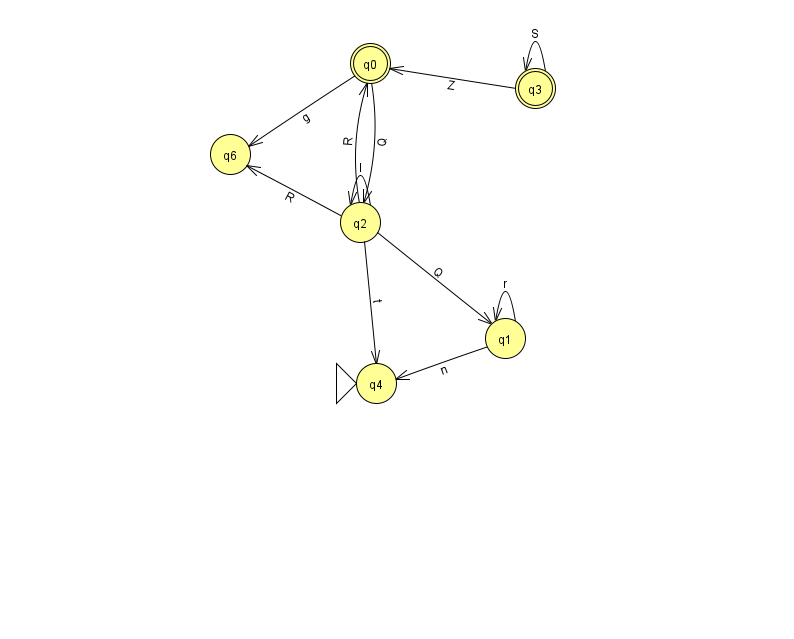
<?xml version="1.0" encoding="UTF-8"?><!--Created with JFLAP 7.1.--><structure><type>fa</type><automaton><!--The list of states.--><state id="0" name="q0"><x>370.0</x><y>50.0</y><final/></state><state id="1" name="q1"><x>505.0</x><y>325.0</y></state><state id="2" name="q2"><x>360.0</x><y>209.0</y></state><state id="3" name="q3"><x>535.0</x><y>75.0</y><final/></state><state id="4" name="q4"><x>376.0</x><y>370.0</y><initial/></state><state id="6" name="q6"><x>230.0</x><y>141.0</y></state><!--The list of transitions.--><transition><from>0</from><to>2</to><read>Q</read></transition><transition><from>0</from><to>6</to><read>g</read></transition><transition><from>1</from><to>1</to><read>r</read></transition><transition><from>2</from><to>0</to><read>R</read></transition><transition><from>2</from><to>1</to><read>Q</read></transition><transition><from>3</from><to>3</to><read>S</read></transition><transition><from>2</from><to>6</to><read>R</read></transition><transition><from>1</from><to>4</to><read>n</read></transition><transition><from>3</from><to>0</to><read>Z</read></transition><transition><from>2</from><to>2</to><read>l</read></transition><transition><from>2</from><to>4</to><read>t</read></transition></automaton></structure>